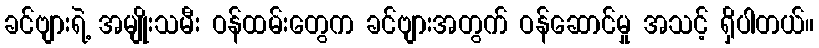
ခင်ဗျားရဲ့ အမျိုးသမီး ဝန်ထမ်းတွေက ခင်ဗျားအတွက် ဝန်ဆောင်မှု အသင့် ရှိပါတယ်။